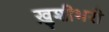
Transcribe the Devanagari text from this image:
ख़ुशीभरी